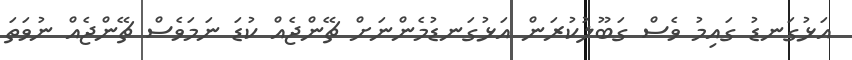
އަޅުގަނޑު ގައިމު ވެސް ގަބޫލުކުރަން އަޅުގަނޑުމެންނަށް ޗޭންޖެއް ކުޑަ ނަމަވެސް ޗޭންޖެއް ނުވަތަ